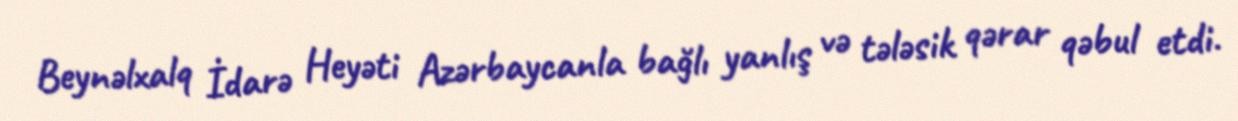
Beynəlxalq İdarə Heyəti Azərbaycanla bağlı yanlış və tələsik qərar qəbul etdi.